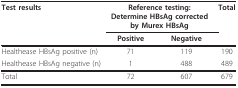
| Test results | <COLSPAN=2> Reference testing:Determine HBsAg corrected by Murex HBsAg | Total |
 |  | Positive | Negative |  |
 | --- | --- | --- | --- |
 | Healthease HBsAg positive (n) | 71 | 119 | 190 |
 | Healthease HBsAg negative (n) | 1 | 488 | 489 |
 | Total | 72 | 607 | 679 |